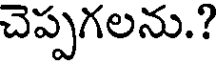
చెప్పగలను.?